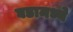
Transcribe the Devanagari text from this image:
घडामध्ये